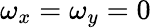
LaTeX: \omega_{x}=\omega_{y}=0